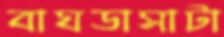
বাঘডাসাটা